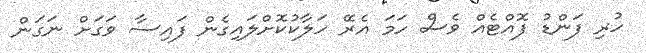
ހުރި ފަންޑު ފޮއްޓެއް ވެސް ހަމަ އެރޭ ހަލާކުކޮށްލައިގެން ފައިސާ ވަގަށް ނަގަން